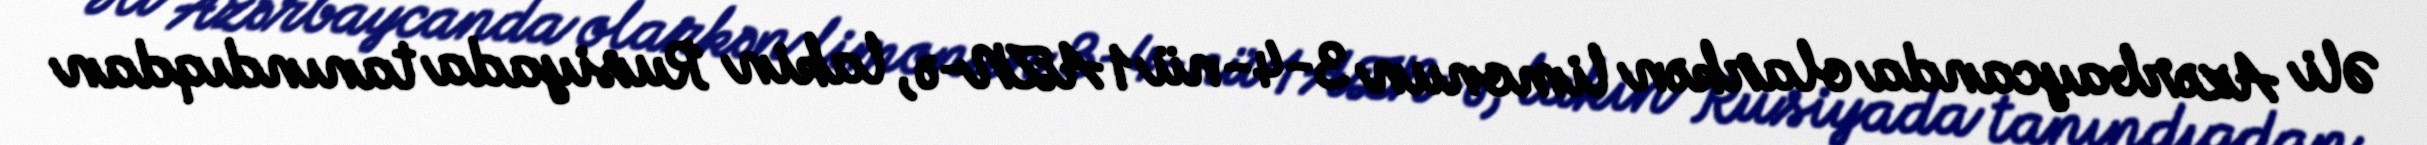
Əli Azərbaycanda olarkən limonun 3-4-nü 1 AZN-ə, lakin Rusiyada tanındıqdan